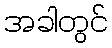
အခါတွင်